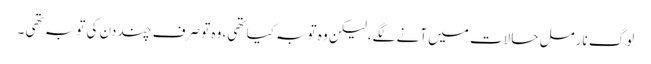
لوگ نارمل حالات میں آنے لگے،لیکن وہ توبہ کیا تھی، وہ تو صرف چند دن کی توبہ تھی ۔